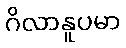
ဂိလာနူပမာ